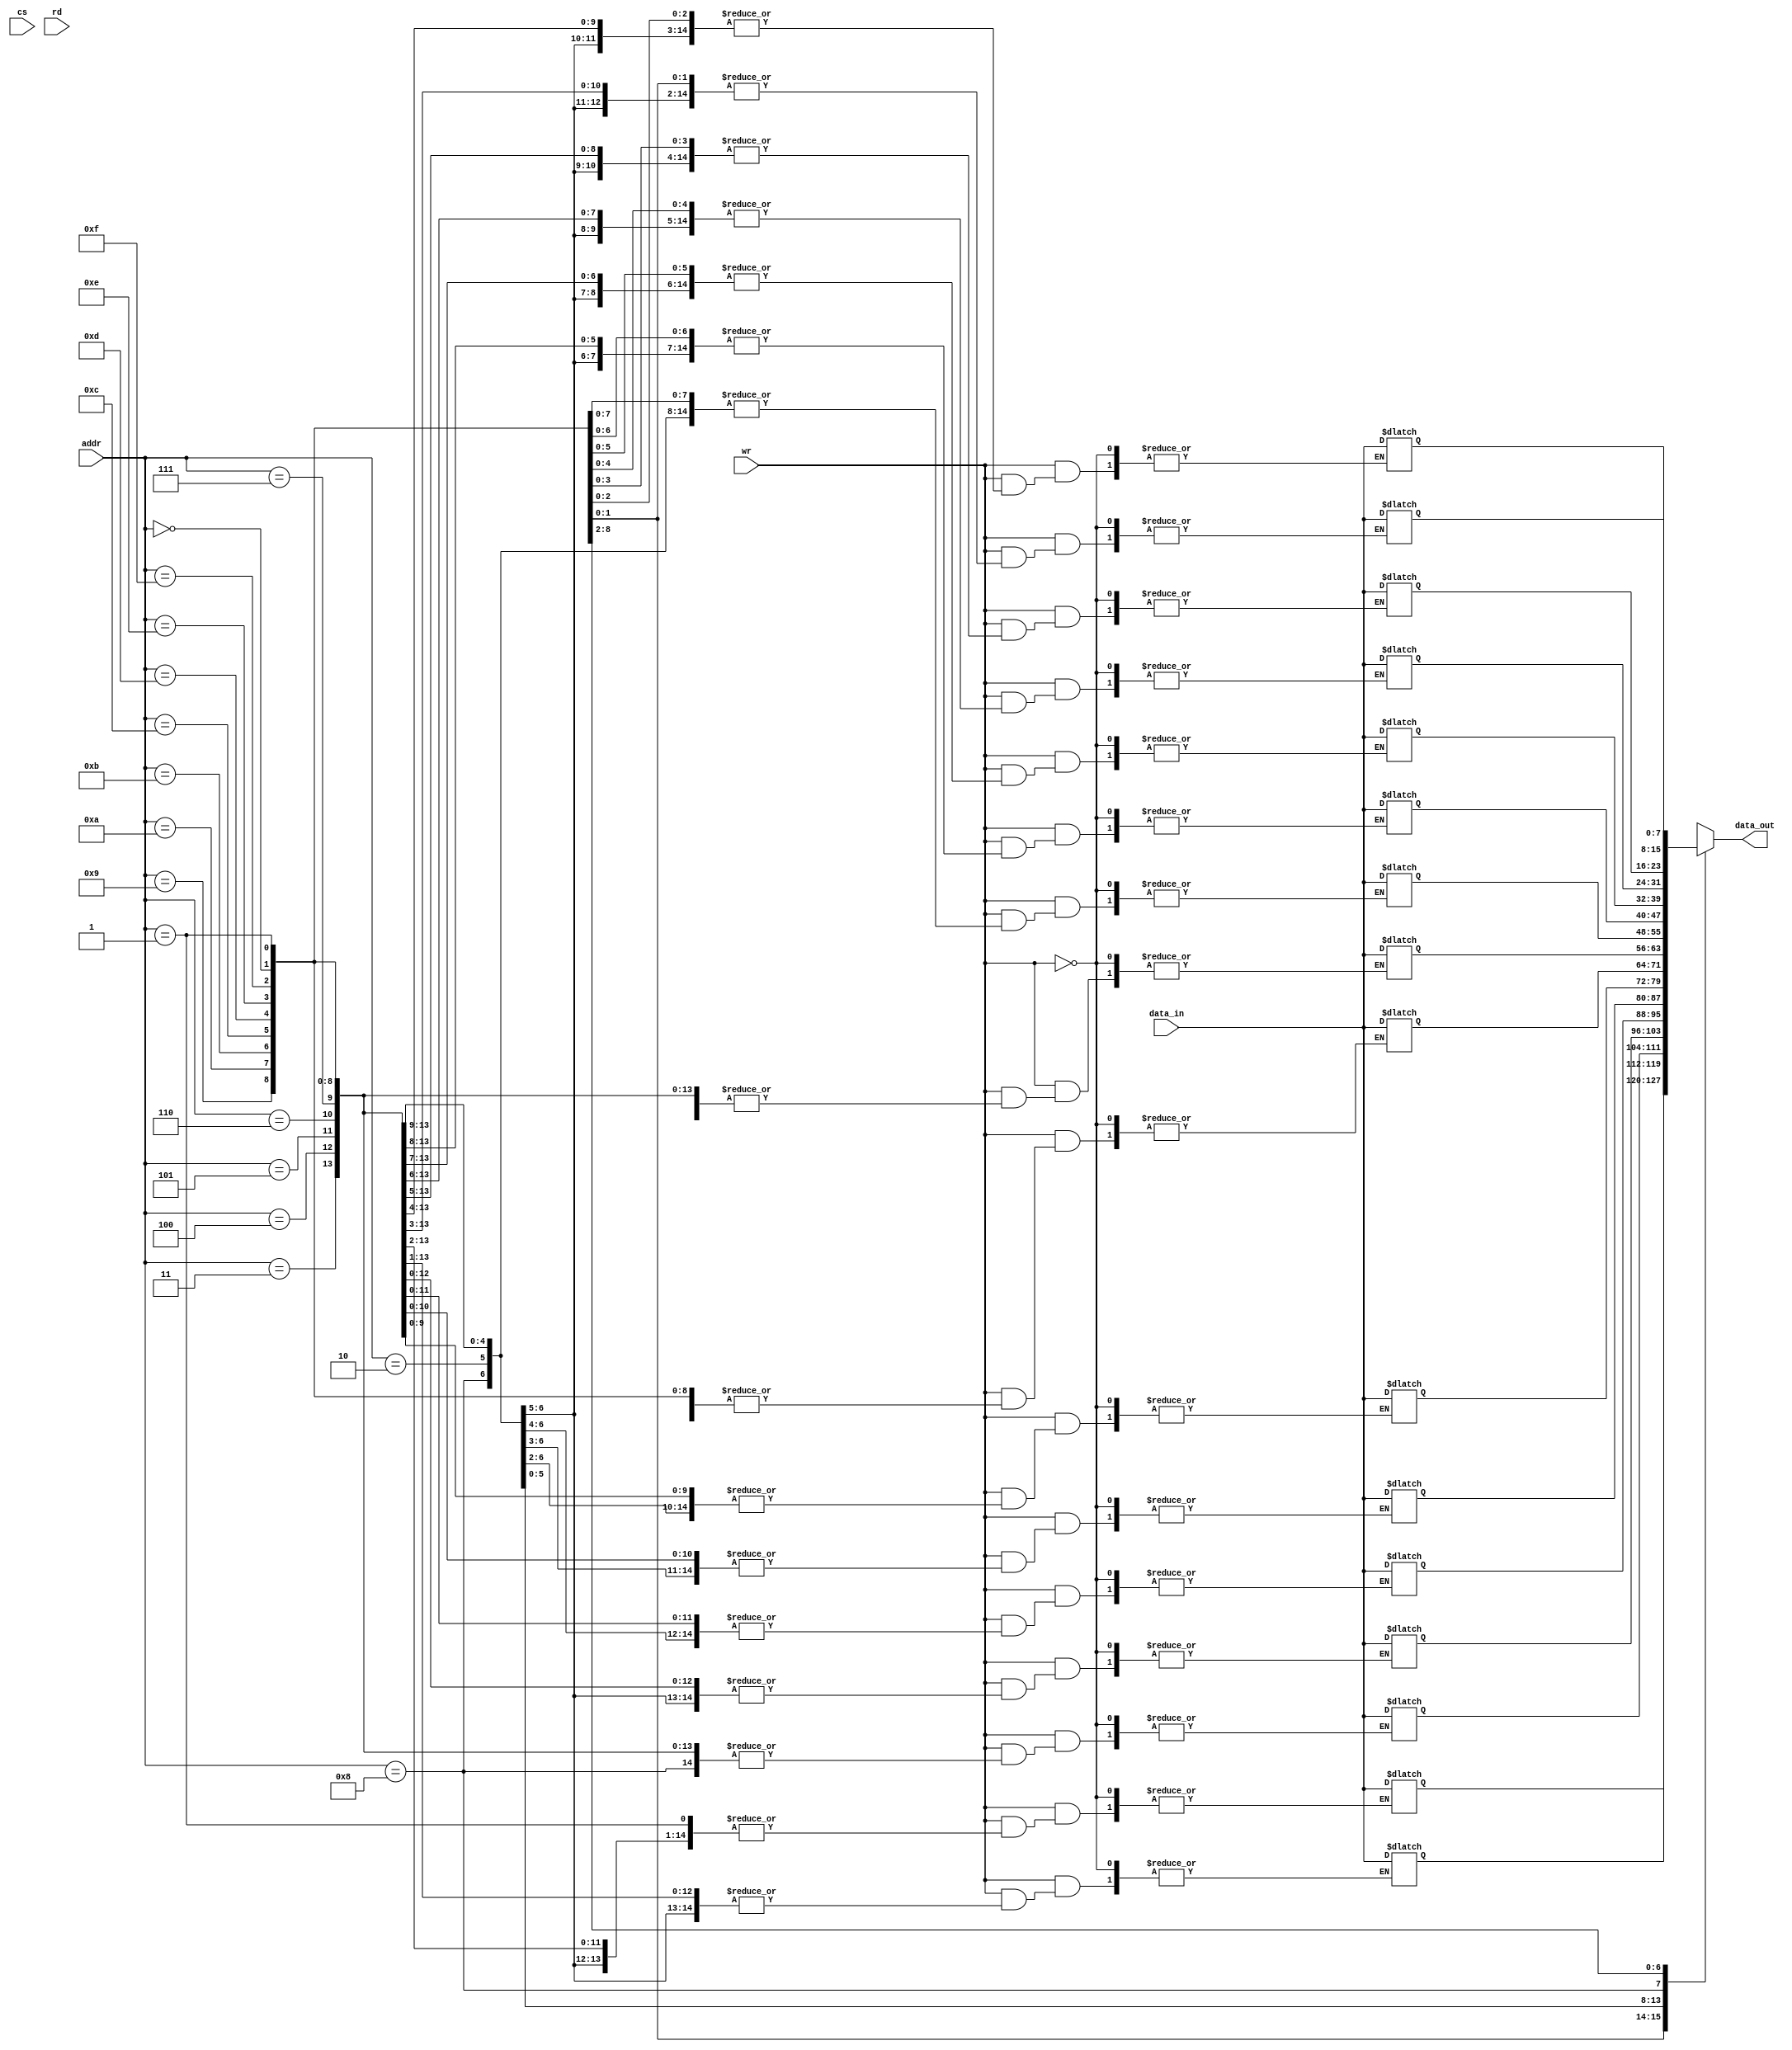



module Mram(data_out, data_in, addr, wr, cs,rd);
parameter addr_size = 4, word_size = 8, memory_size = 16;

input[addr_size-1:0]addr;
input [word_size-1:0]data_in;
input wr,cs,rd;

output[word_size-1:0]data_out;
reg [word_size-1:0]  mem[memory_size-1:0];

assign data_out = mem[addr];

always @(wr or cs)

if (wr)  mem[addr] = data_in;

endmodule